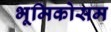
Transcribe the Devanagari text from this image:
भूमिकोसम